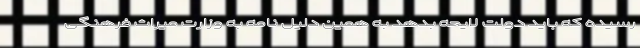
رسیده که باید دولت لایحه بدهد به همین دلیل نامه به وزارت میراث فرهنگی